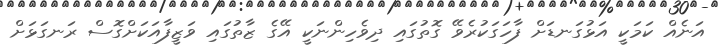
އަނެއް ކަމަކީ އަޅުގަނޑަށް ފާހަގަކުރެވޭ ގޮތުގައި ދިވެހިންނަކީ އޭގެ ޒާތުގައި ވަޒީފާއަކަށްގޮސް ރަނގަޅަށް